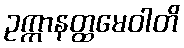
ဥက္ကာနတ္ထမေဝါတိ